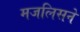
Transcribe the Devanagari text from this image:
मजलिसने